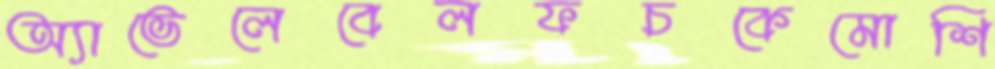
অ্যাভেলেবেলফচকেমোশি